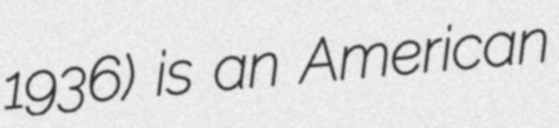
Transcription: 1936) is an American